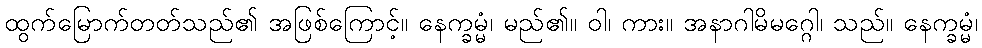
ထွက်မြောက်တတ်သည်၏ အဖြစ်ကြောင့်။ နေက္ခမ္မံ၊ မည်၏။ ဝါ၊ ကား။ အနာဂါမိမဂ္ဂေါ၊ သည်။ နေက္ခမ္မံ၊